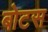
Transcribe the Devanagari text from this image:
बोटस